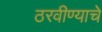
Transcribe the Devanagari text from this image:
ठरवीण्याचे